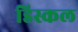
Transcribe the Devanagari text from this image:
डिस्कल